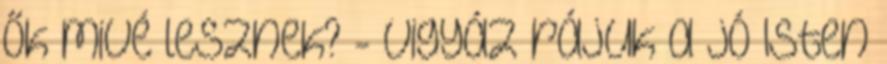
ők mivé lesznek? - Vigyáz rájuk a jó Isten